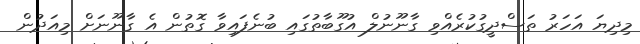
މިދިޔަ އަހަރު ތަސްދީގުކުރެއްވި ގާނޫނުލް އުގޫބާތުގައި ބުނެފައިވާ ގޮތުން އެ ގާނޫނަށް މިއަދުން